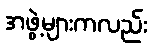
အဖွဲ့များကလည်း